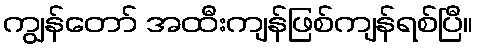
ကျွန်တော် အထီးကျန်ဖြစ်ကျန်ရစ်ပြီ။